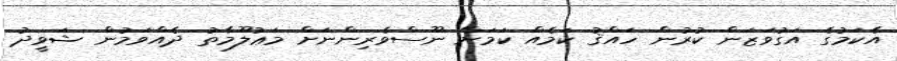
އެކަމުގެ އަގުވަޒަން ކުރުން ހައްޤު ކަމެއް ކަމަށް ނޫސްވެރިންނަށް މަޢުލޫމާތު ދެއްވަމުން ޝަވީދު